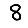
Digit: 8